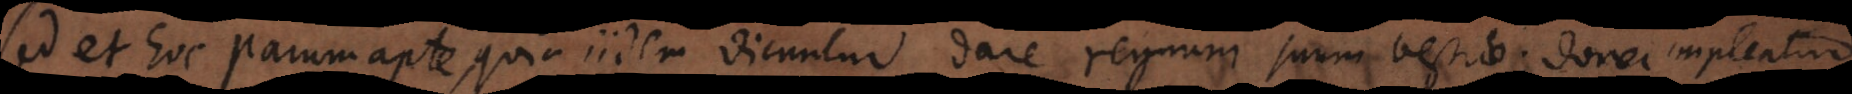
sed et hoc parum apte, quia iidem dicuntur dare regnum suum bestiae; donec impleatur